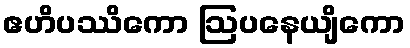
ဧဟိပဿိကော ဩပနေယျိကော